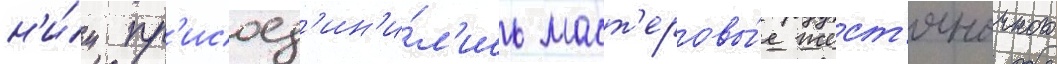
н'и́м пр'исоед'ин'и́л'ись маст'еровы́е жест'яночного